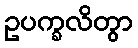
ဥပက္ခလိတွာ